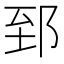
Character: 郅